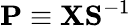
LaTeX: {\mathbf P}\equiv{\mathbf X}{\mathbf S}^{-1}